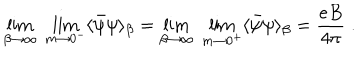
LaTeX: \lim _ { \beta \rightarrow \infty } \; \lim _ { m \rightarrow 0 ^ { - } } \langle { \bar { \psi } } \psi \rangle _ { \beta } = \lim _ { \beta \rightarrow \infty } \; \lim _ { m \rightarrow 0 ^ { + } } \langle \bar { \psi } \psi \rangle _ { \beta } = \frac { e B } { 4 \pi } \; .